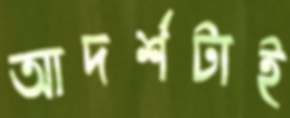
আদর্শটাই